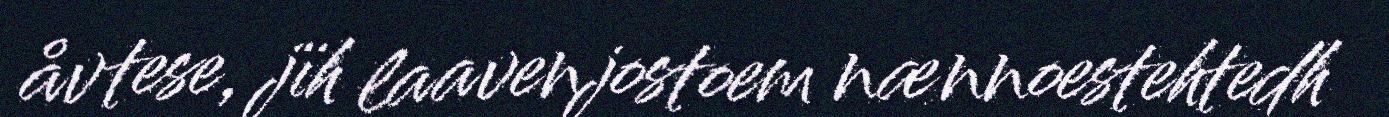
åvtese, jïh laavenjostoem nænnoestehtedh